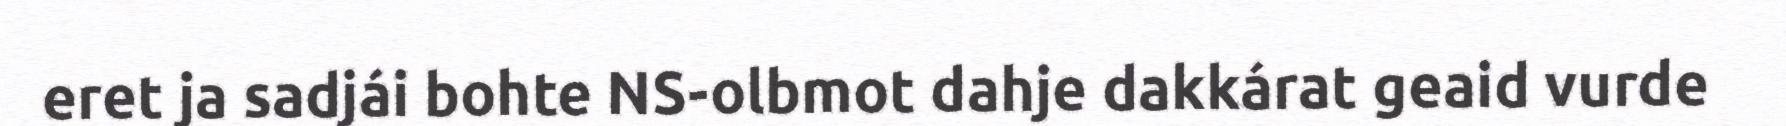
eret ja sadjái bohte NS-olbmot dahje dakkárat geaid vurde